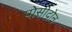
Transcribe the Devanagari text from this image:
पोसीदोन